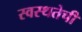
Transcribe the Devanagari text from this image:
स्वस्थतेची